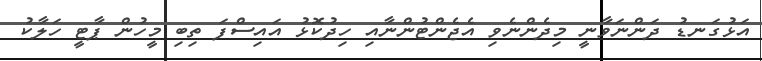
އަޅުގަނޑު ދަންނަވާނީ މިދެންނެވި އެޖެންޓުންނާއި ހިދުކޮޅު އައިސްފަ ތިބި މީހުން ޕާޓީ ހަލާކު